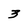
Character: 3